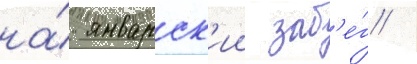
на́ январск'ии заб'е́г /